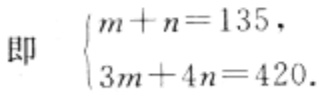
即 \(\begin{cases}m + n = 135,\\3m + 4n = 420.\end{cases}\)